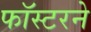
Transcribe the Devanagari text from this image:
फॉस्टरने